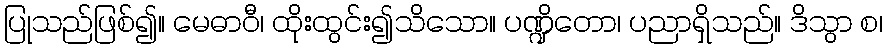
ပြုသည်ဖြစ်၍။ မေဓာဝီ၊ ထိုးထွင်း၍သိသော။ ပဏ္ဍိတော၊ ပညာရှိသည်။ ဒိသွာ စ၊